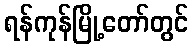
ရန်ကုန်မြို့တော်တွင်